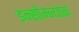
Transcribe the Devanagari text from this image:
इन्सोम्न्याक